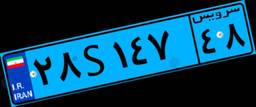
۲۸S۱۴۷۴۸